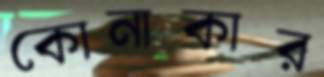
কোনাকার